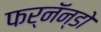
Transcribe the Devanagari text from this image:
फर्नॅन्डो